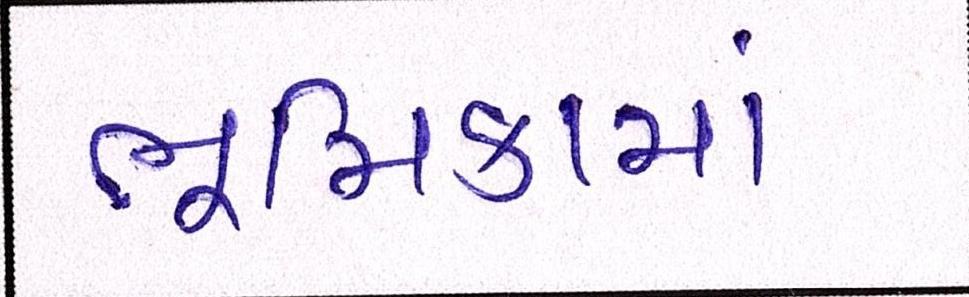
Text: ભૂમિકામાં